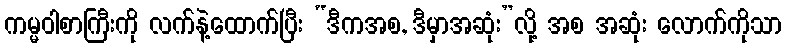
ကမ္မဝါစာကြီးကို လက်နဲ့ထောက်ပြီး “ဒီကအစ, ဒီမှာအဆုံး”လို့ အစ အဆုံး လောက်ကိုသာ